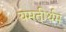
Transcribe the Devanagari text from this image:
यमतीर्थम